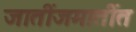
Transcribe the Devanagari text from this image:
जातींजमातींत